Calcutta medical institutions reports 1879-81 [i.e.91]
Year: 1879
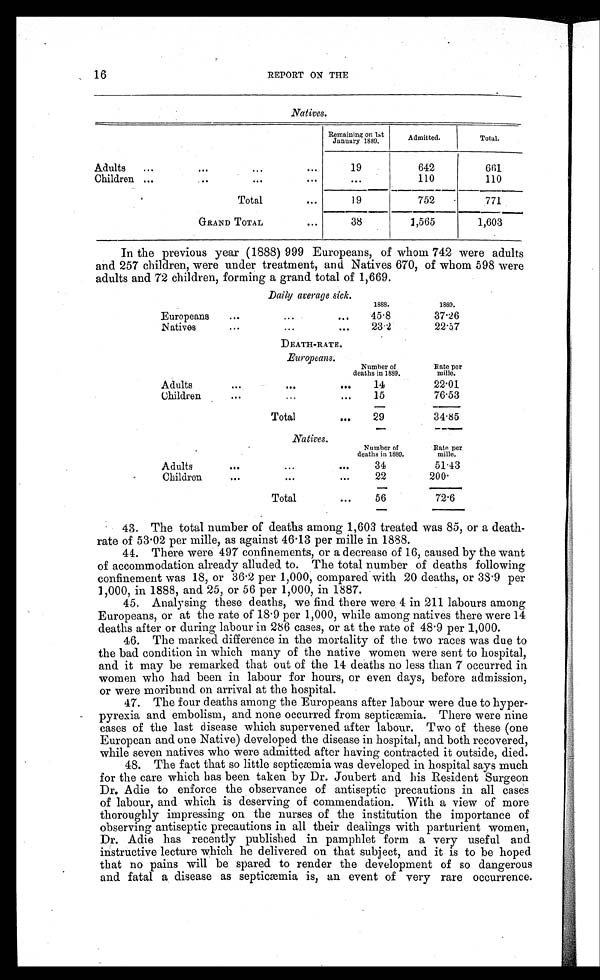
16
REPORT ON THE
Natives.
Remaining on 1st
January 1889.
Admitted.
Total.
Adults
...
. . .
... ...
19
642
661
Children ...
... ... ... ...
110
110
Total
...
19
752
771
GRAND TOTAL
...
38
1,565
1,603
In the previous year (1888) 999 Europeans, of whom 742 were adults
and 257 children, were under treatment, and Natives 670, of whom 598 were
adults and 72 children, forming a grand total of 1,669.
Daily average sick.
1888.
1889.
Europeans
...
. . .
...
45 . 8
37.26
Natives
. . .
... ...
23 . 2
22.57
DEATH-RATE.
Europeans.
Number of
deaths in 1889.
Rate per
mille.
Adults
... ...
...
14
22.01
Children
... ... ...
15
76.53
Total
...
29
34.85
Natives.
Number of
deaths in 1889.
Rate per
mille.
Adults
...
...
...
34
51.43
Children
...
...
...
22
200.
Total
...
56
72.6
43. The total number of deaths among 1,603 treated was 85, or a death-
rate of 53.02 per mille, as against 46.13 per mille in 1888.
44. There were 497 confinements, or a decrease of 16, caused by the want
of accommodation already alluded to. The total number of deaths following
confinement was 18, or 36.2 per 1,000, compared with 20 deaths, or 38.9 per
1,000, in 1888, and 25, or 56 per 1,000, in 1887.
45. Analysing these deaths, we find there were 4 in 211 labours among
Europeans, or at the rate of 18.9 per 1,000, while among natives there were 14
deaths after or during labour in 286 cases, or at the rate of 48.9 per 1,000.
46. The marked difference in the mortality of the two races was due to
the bad condition in which many of the native women were sent to hospital,
and it may be remarked that out of the 14 deaths no less than 7 occurred in
women who had been in labour for hours, or even days, before admission,
or were moribund on arrival at the hospital.
47. The four deaths among the Europeans after labour were due to hyper-
pyrexia and embolism, and none occurred from septicæmia. There were nine
cases of the last disease which supervened after labour. Two of these (one
European and one Native) developed the disease in hospital, and both recovered,
while seven natives who were admitted after having contracted it outside, died.
48. The fact that so little septicæmia was developed in hospital says much
for the care which has been taken by Dr. Joubert and his Resident Surgeon
Dr. Adie to enforce the observance of antiseptic precautions in all cases
of labour, and which is deserving of commendation. With a view of more
thoroughly impressing on the nurses of the institution the importance of
observing antiseptic precautions in all their dealings with parturient women,
Dr. Adie has recently published in pamphlet form a very useful and
instructive lecture which he delivered on that subject, and it is to be hoped
that no pains will be spared to render the development of so dangerous
and fatal a disease as septicæmia is, an event of very rare occurrence.